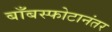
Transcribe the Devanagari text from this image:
बाँबस्फोटानंतर